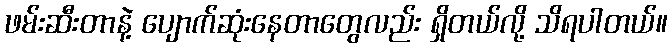
ဖမ်းဆီးတာနဲ့ ပျောက်ဆုံးနေတာတွေလည်း ရှိတယ်လို့ သိရပါတယ်။